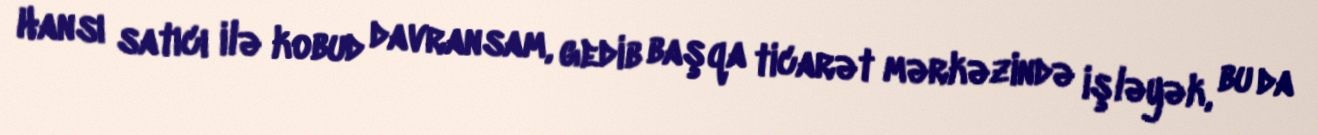
Hansı satıcı ilə kobud davransam, gedib başqa ticarət mərkəzində işləyək, bu da